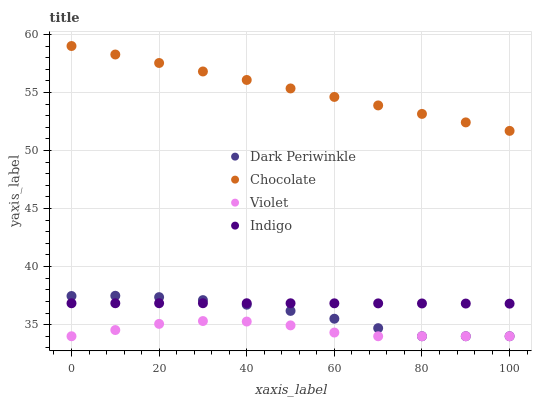
| xaxis_label | Dark Periwinkle | Chocolate | Violet | Indigo |
 | --- | --- | --- | --- | --- |
 | 0 | 37.5 | 59 | 34 | 36.8 |
 | 10 | 37.5 | 58.3 | 34.5 | 36.8 |
 | 20 | 37.4 | 57.5 | 35.1 | 36.8 |
 | 30 | 37.1 | 56.8 | 35.3 | 36.8 |
 | 40 | 36.7 | 56.1 | 35.3 | 36.8 |
 | 50 | 36.2 | 55.3 | 34.9 | 36.8 |
 | 60 | 35.5 | 54.6 | 34.3 | 36.8 |
 | 70 | 34.7 | 53.9 | 34 | 36.8 |
 | 80 | 34 | 53.2 | 34 | 36.8 |
 | 90 | 34 | 52.4 | 34 | 36.8 |
 | 100 | 34 | 51.7 | 34 | 36.8 |